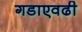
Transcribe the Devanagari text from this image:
गडाएवढी